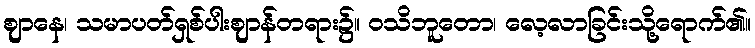
ဈာနေ၊ သမာပတ်ရှစ်ပါးဈာန်တရား၌။ ဝသိဘူတော၊ လေ့လာခြင်းသို့ရောက်၏။